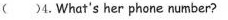
( )4.What's her phone number?